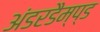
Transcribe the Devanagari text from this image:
अंडरडैम्प्ड